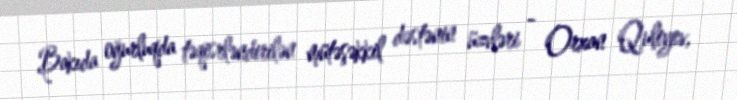
Bakıda oğurluqda təqisrləndirilən mütəşəkkil dəstənin üzvləri - Orxan Quliyev,